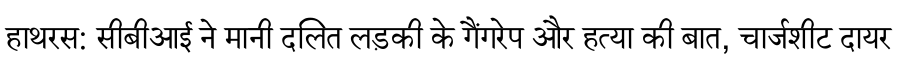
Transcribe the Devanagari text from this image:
हाथरस: सीबीआई ने मानी दलित लड़की के गैंगरेप और हत्या की बात, चार्जशीट दायर